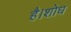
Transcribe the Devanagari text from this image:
है।शोध